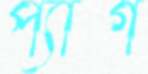
প্যাগ